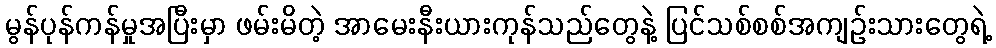
မွန်ပုန်ကန်မှုအပြီးမှာ ဖမ်းမိတဲ့ အာမေးနီးယားကုန်သည်တွေနဲ့ ပြင်သစ်စစ်အကျဉ်းသားတွေရဲ့